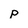
Character: p